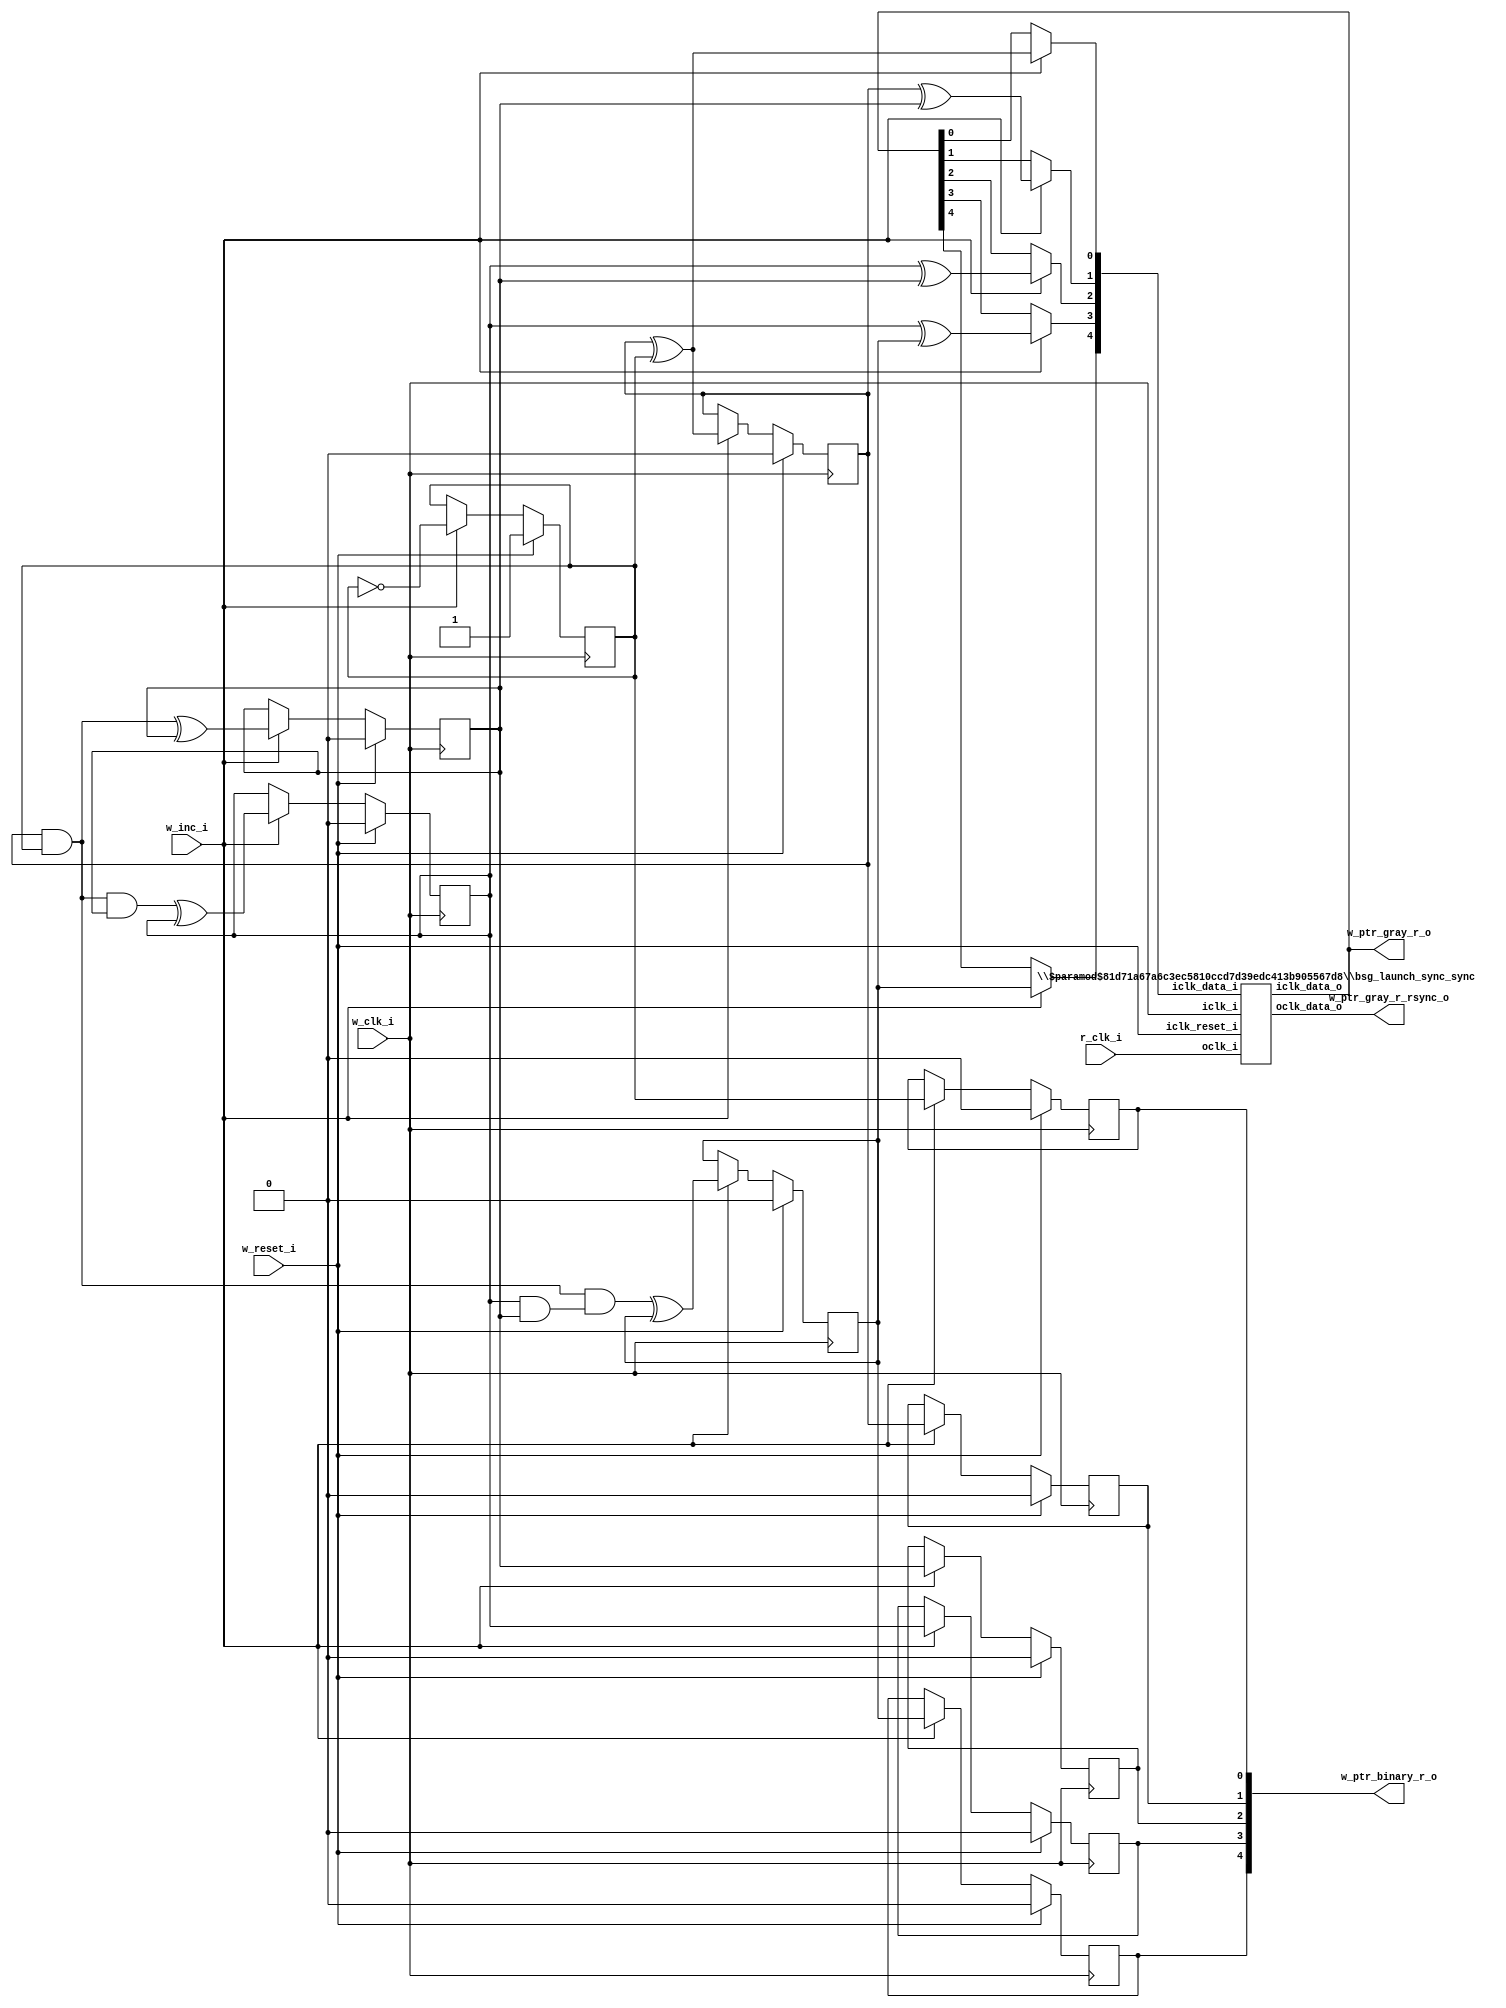
/* Generated by Yosys 0.27+9 (git sha1 101d19bb6, gcc 11.2.0-7ubuntu2 -fPIC -Os) */


module \$paramod$81d71a67a6c3ec5810ccd7d39edc413b905567d8\bsg_launch_sync_sync (iclk_i, iclk_reset_i, oclk_i, iclk_data_i, iclk_data_o, oclk_data_o);
  
  input [4:0] iclk_data_i;
  wire [4:0] iclk_data_i;
  
  output [4:0] iclk_data_o;
  wire [4:0] iclk_data_o;
  
  input iclk_i;
  wire iclk_i;
  
  input iclk_reset_i;
  wire iclk_reset_i;
  
  output [4:0] oclk_data_o;
  wire [4:0] oclk_data_o;
  
  input oclk_i;
  wire oclk_i;
  (* module_not_derived = 32'd1 *)
  
  bsg_launch_sync_sync_posedge_5_unit \sync.p.z.blss  (
    .iclk_data_i(iclk_data_i),
    .iclk_data_o(iclk_data_o),
    .iclk_i(iclk_i),
    .iclk_reset_i(iclk_reset_i),
    .oclk_data_o(oclk_data_o),
    .oclk_i(oclk_i)
  );
endmodule

(* top =  1  *)

module bsg_async_ptr_gray(w_clk_i, w_reset_i, w_inc_i, r_clk_i, w_ptr_binary_r_o, w_ptr_gray_r_o, w_ptr_gray_r_rsync_o);
  wire _00_;
  wire _01_;
  wire _02_;
  wire _03_;
  wire _04_;
  wire _05_;
  wire _06_;
  
  input r_clk_i;
  wire r_clk_i;
  
  input w_clk_i;
  wire w_clk_i;
  
  input w_inc_i;
  wire w_inc_i;
  
  output [4:0] w_ptr_binary_r_o;
  wire [4:0] w_ptr_binary_r_o;
  
  wire [4:0] w_ptr_gray_n;
  
  wire [4:0] w_ptr_gray_r;
  
  output [4:0] w_ptr_gray_r_o;
  wire [4:0] w_ptr_gray_r_o;
  
  wire [4:0] w_ptr_gray_r_rsync;
  
  output [4:0] w_ptr_gray_r_rsync_o;
  wire [4:0] w_ptr_gray_r_rsync_o;
  
  reg [4:0] w_ptr_p1_r;
  
  wire [4:0] w_ptr_p2;
  
  reg [4:0] w_ptr_r;
  
  input w_reset_i;
  wire w_reset_i;
  assign w_ptr_p2[0] = ~w_ptr_p1_r[0];
  assign w_ptr_p2[1] = w_ptr_p1_r[1] ^ w_ptr_p1_r[0];
  assign w_ptr_gray_n[0] = w_inc_i ? w_ptr_p2[1] : w_ptr_gray_r[0];
  assign _00_ = w_ptr_p1_r[1] ^ w_ptr_p1_r[2];
  assign w_ptr_gray_n[1] = w_inc_i ? _00_ : w_ptr_gray_r[1];
  assign _01_ = w_ptr_p1_r[3] ^ w_ptr_p1_r[2];
  assign w_ptr_gray_n[2] = w_inc_i ? _01_ : w_ptr_gray_r[2];
  assign _02_ = w_ptr_p1_r[3] ^ w_ptr_p1_r[4];
  assign w_ptr_gray_n[3] = w_inc_i ? _02_ : w_ptr_gray_r[3];
  assign w_ptr_gray_n[4] = w_inc_i ? w_ptr_p1_r[4] : w_ptr_gray_r[4];
  assign _03_ = w_ptr_p1_r[1] & w_ptr_p1_r[0];
  assign w_ptr_p2[2] = _03_ ^ w_ptr_p1_r[2];
  assign _04_ = _03_ & w_ptr_p1_r[2];
  assign w_ptr_p2[3] = _04_ ^ w_ptr_p1_r[3];
  assign _05_ = ~(w_ptr_p1_r[3] & w_ptr_p1_r[2]);
  assign _06_ = _03_ & ~(_05_);
  assign w_ptr_p2[4] = _06_ ^ w_ptr_p1_r[4];
  
  always @(posedge w_clk_i)
    if (w_reset_i) w_ptr_r[0] <= 1'h0;
    else if (w_inc_i) w_ptr_r[0] <= w_ptr_p1_r[0];
  
  always @(posedge w_clk_i)
    if (w_reset_i) w_ptr_r[1] <= 1'h0;
    else if (w_inc_i) w_ptr_r[1] <= w_ptr_p1_r[1];
  
  always @(posedge w_clk_i)
    if (w_reset_i) w_ptr_r[2] <= 1'h0;
    else if (w_inc_i) w_ptr_r[2] <= w_ptr_p1_r[2];
  
  always @(posedge w_clk_i)
    if (w_reset_i) w_ptr_r[3] <= 1'h0;
    else if (w_inc_i) w_ptr_r[3] <= w_ptr_p1_r[3];
  
  always @(posedge w_clk_i)
    if (w_reset_i) w_ptr_r[4] <= 1'h0;
    else if (w_inc_i) w_ptr_r[4] <= w_ptr_p1_r[4];
  
  always @(posedge w_clk_i)
    if (w_reset_i) w_ptr_p1_r[0] <= 1'h1;
    else if (w_inc_i) w_ptr_p1_r[0] <= w_ptr_p2[0];
  
  always @(posedge w_clk_i)
    if (w_reset_i) w_ptr_p1_r[1] <= 1'h0;
    else if (w_inc_i) w_ptr_p1_r[1] <= w_ptr_p2[1];
  
  always @(posedge w_clk_i)
    if (w_reset_i) w_ptr_p1_r[2] <= 1'h0;
    else if (w_inc_i) w_ptr_p1_r[2] <= w_ptr_p2[2];
  
  always @(posedge w_clk_i)
    if (w_reset_i) w_ptr_p1_r[3] <= 1'h0;
    else if (w_inc_i) w_ptr_p1_r[3] <= w_ptr_p2[3];
  
  always @(posedge w_clk_i)
    if (w_reset_i) w_ptr_p1_r[4] <= 1'h0;
    else if (w_inc_i) w_ptr_p1_r[4] <= w_ptr_p2[4];
  (* module_not_derived = 32'd1 *)
  
  \$paramod$81d71a67a6c3ec5810ccd7d39edc413b905567d8\bsg_launch_sync_sync  ptr_sync (
    .iclk_data_i(w_ptr_gray_n),
    .iclk_data_o(w_ptr_gray_r),
    .iclk_i(w_clk_i),
    .iclk_reset_i(w_reset_i),
    .oclk_data_o(w_ptr_gray_r_rsync),
    .oclk_i(r_clk_i)
  );
  assign w_ptr_binary_r_o = w_ptr_r;
  assign w_ptr_gray_r_o = w_ptr_gray_r;
  assign w_ptr_gray_r_rsync_o = w_ptr_gray_r_rsync;
endmodule


module bsg_launch_sync_sync_posedge_5_unit(iclk_i, iclk_reset_i, oclk_i, iclk_data_i, iclk_data_o, oclk_data_o);
  
  reg [4:0] bsg_SYNC_1_r;
  
  reg [4:0] bsg_SYNC_2_r;
  
  reg [4:0] bsg_SYNC_LNCH_r;
  
  input [4:0] iclk_data_i;
  wire [4:0] iclk_data_i;
  
  output [4:0] iclk_data_o;
  wire [4:0] iclk_data_o;
  
  input iclk_i;
  wire iclk_i;
  
  input iclk_reset_i;
  wire iclk_reset_i;
  
  output [4:0] oclk_data_o;
  wire [4:0] oclk_data_o;
  
  input oclk_i;
  wire oclk_i;
  (* \always_ff  = 32'd1 *)
  
  always @(posedge iclk_i)
    if (iclk_reset_i) bsg_SYNC_LNCH_r[0] <= 1'h0;
    else bsg_SYNC_LNCH_r[0] <= iclk_data_i[0];
  (* \always_ff  = 32'd1 *)
  
  always @(posedge iclk_i)
    if (iclk_reset_i) bsg_SYNC_LNCH_r[1] <= 1'h0;
    else bsg_SYNC_LNCH_r[1] <= iclk_data_i[1];
  (* \always_ff  = 32'd1 *)
  
  always @(posedge iclk_i)
    if (iclk_reset_i) bsg_SYNC_LNCH_r[2] <= 1'h0;
    else bsg_SYNC_LNCH_r[2] <= iclk_data_i[2];
  (* \always_ff  = 32'd1 *)
  
  always @(posedge iclk_i)
    if (iclk_reset_i) bsg_SYNC_LNCH_r[3] <= 1'h0;
    else bsg_SYNC_LNCH_r[3] <= iclk_data_i[3];
  (* \always_ff  = 32'd1 *)
  
  always @(posedge iclk_i)
    if (iclk_reset_i) bsg_SYNC_LNCH_r[4] <= 1'h0;
    else bsg_SYNC_LNCH_r[4] <= iclk_data_i[4];
  (* \always_ff  = 32'd1 *)
  
  always @(posedge oclk_i)
    bsg_SYNC_2_r[0] <= bsg_SYNC_1_r[0];
  (* \always_ff  = 32'd1 *)
  
  always @(posedge oclk_i)
    bsg_SYNC_2_r[1] <= bsg_SYNC_1_r[1];
  (* \always_ff  = 32'd1 *)
  
  always @(posedge oclk_i)
    bsg_SYNC_2_r[2] <= bsg_SYNC_1_r[2];
  (* \always_ff  = 32'd1 *)
  
  always @(posedge oclk_i)
    bsg_SYNC_2_r[3] <= bsg_SYNC_1_r[3];
  (* \always_ff  = 32'd1 *)
  
  always @(posedge oclk_i)
    bsg_SYNC_2_r[4] <= bsg_SYNC_1_r[4];
  (* \always_ff  = 32'd1 *)
  
  always @(posedge oclk_i)
    bsg_SYNC_1_r[0] <= bsg_SYNC_LNCH_r[0];
  (* \always_ff  = 32'd1 *)
  
  always @(posedge oclk_i)
    bsg_SYNC_1_r[1] <= bsg_SYNC_LNCH_r[1];
  (* \always_ff  = 32'd1 *)
  
  always @(posedge oclk_i)
    bsg_SYNC_1_r[2] <= bsg_SYNC_LNCH_r[2];
  (* \always_ff  = 32'd1 *)
  
  always @(posedge oclk_i)
    bsg_SYNC_1_r[3] <= bsg_SYNC_LNCH_r[3];
  (* \always_ff  = 32'd1 *)
  
  always @(posedge oclk_i)
    bsg_SYNC_1_r[4] <= bsg_SYNC_LNCH_r[4];
  assign iclk_data_o = bsg_SYNC_LNCH_r;
  assign oclk_data_o = bsg_SYNC_2_r;
endmodule